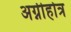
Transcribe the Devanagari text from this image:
अग्नीहोत्र